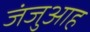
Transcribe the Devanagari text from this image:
जंजुआह